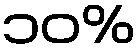
၁၀%